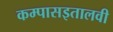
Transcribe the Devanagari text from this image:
कम्पासइतालवी